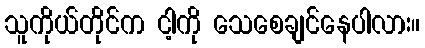
သူကိုယ်တိုင်က ငါ့ကို သေစေချင်နေပါလား။